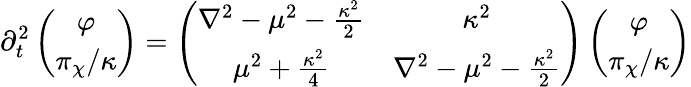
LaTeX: \partial_{t}^{2}\left(\begin{array}{c}{{\varphi}}\\ {{{\pi_{\chi}/\kappa}}}\end{array}\right)=\left(\begin{array}{cc}{{\nabla^{2}-\mu^{2}-{\frac{\kappa^{2}}{2}}}}&{{\kappa^{2}}}\\ {{\mu^{2}+{\frac{\kappa^{2}}{4}}}}&{{\nabla^{2}-\mu^{2}-{\frac{\kappa^{2}}{2}}}}\end{array}\right)\left(\begin{array}{c}{{\varphi}}\\ {{{\pi_{\chi}/\kappa}}}\end{array}\right)